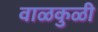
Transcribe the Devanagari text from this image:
वाळकुळी